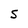
Character: S